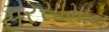
સરસામાન